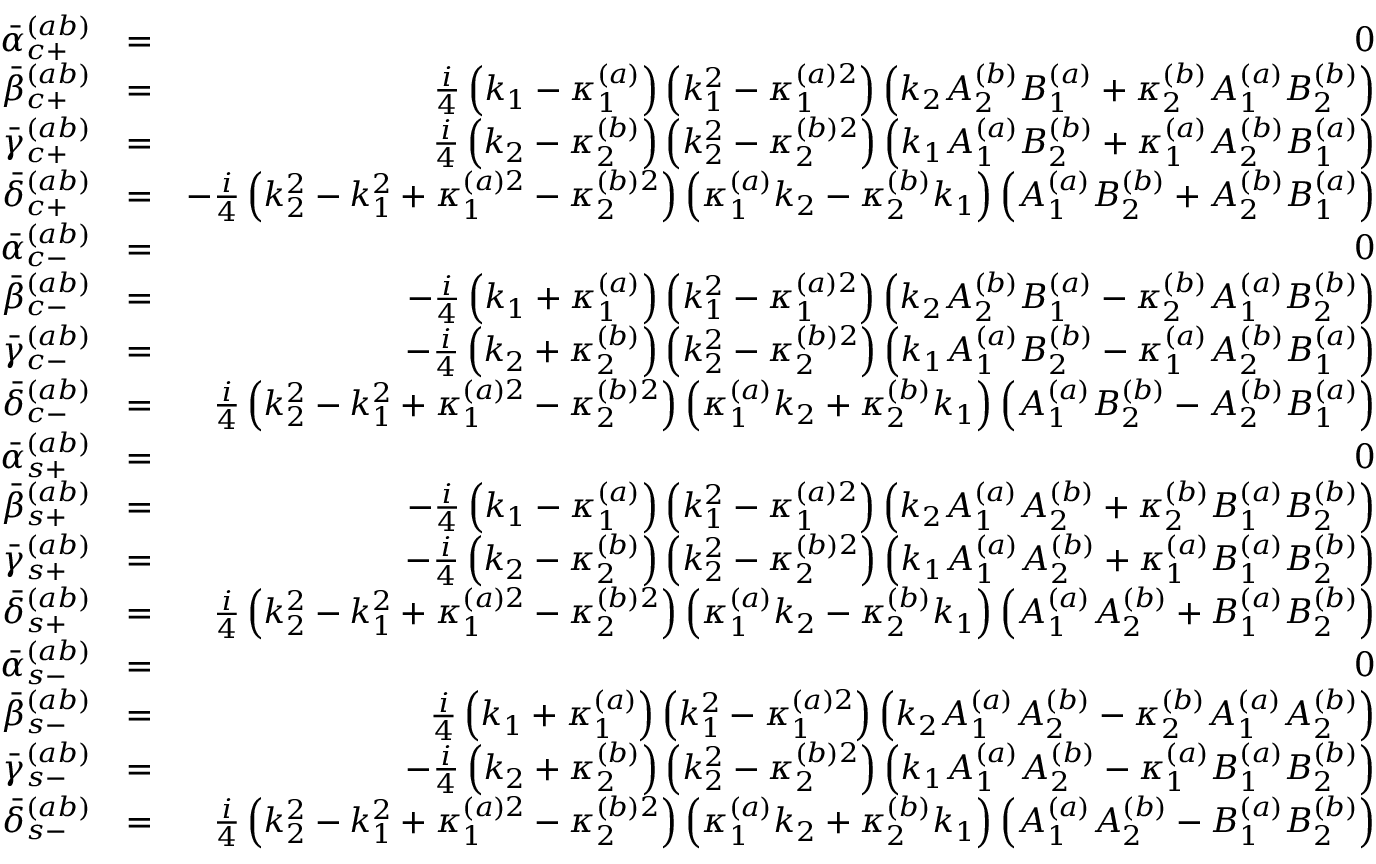
\begin{array} { r l r } { \bar { \alpha } _ { c + } ^ { ( a b ) } } & { = } & { 0 } \\ { \bar { \beta } _ { c + } ^ { ( a b ) } } & { = } & { \frac { i } { 4 } \left( k _ { 1 } - \kappa _ { 1 } ^ { ( a ) } \right) \left( k _ { 1 } ^ { 2 } - \kappa _ { 1 } ^ { ( a ) 2 } \right) \left( k _ { 2 } A _ { 2 } ^ { ( b ) } B _ { 1 } ^ { ( a ) } + \kappa _ { 2 } ^ { ( b ) } A _ { 1 } ^ { ( a ) } B _ { 2 } ^ { ( b ) } \right) } \\ { \bar { \gamma } _ { c + } ^ { ( a b ) } } & { = } & { \frac { i } { 4 } \left( k _ { 2 } - \kappa _ { 2 } ^ { ( b ) } \right) \left( k _ { 2 } ^ { 2 } - \kappa _ { 2 } ^ { ( b ) 2 } \right) \left( k _ { 1 } A _ { 1 } ^ { ( a ) } B _ { 2 } ^ { ( b ) } + \kappa _ { 1 } ^ { ( a ) } A _ { 2 } ^ { ( b ) } B _ { 1 } ^ { ( a ) } \right) } \\ { \bar { \delta } _ { c + } ^ { ( a b ) } } & { = } & { - \frac { i } { 4 } \left( k _ { 2 } ^ { 2 } - k _ { 1 } ^ { 2 } + \kappa _ { 1 } ^ { ( a ) 2 } - \kappa _ { 2 } ^ { ( b ) 2 } \right) \left( \kappa _ { 1 } ^ { ( a ) } k _ { 2 } - \kappa _ { 2 } ^ { ( b ) } k _ { 1 } \right) \left( A _ { 1 } ^ { ( a ) } B _ { 2 } ^ { ( b ) } + A _ { 2 } ^ { ( b ) } B _ { 1 } ^ { ( a ) } \right) } \\ { \bar { \alpha } _ { c - } ^ { ( a b ) } } & { = } & { 0 } \\ { \bar { \beta } _ { c - } ^ { ( a b ) } } & { = } & { - \frac { i } { 4 } \left( k _ { 1 } + \kappa _ { 1 } ^ { ( a ) } \right) \left( k _ { 1 } ^ { 2 } - \kappa _ { 1 } ^ { ( a ) 2 } \right) \left( k _ { 2 } A _ { 2 } ^ { ( b ) } B _ { 1 } ^ { ( a ) } - \kappa _ { 2 } ^ { ( b ) } A _ { 1 } ^ { ( a ) } B _ { 2 } ^ { ( b ) } \right) } \\ { \bar { \gamma } _ { c - } ^ { ( a b ) } } & { = } & { - \frac { i } { 4 } \left( k _ { 2 } + \kappa _ { 2 } ^ { ( b ) } \right) \left( k _ { 2 } ^ { 2 } - \kappa _ { 2 } ^ { ( b ) 2 } \right) \left( k _ { 1 } A _ { 1 } ^ { ( a ) } B _ { 2 } ^ { ( b ) } - \kappa _ { 1 } ^ { ( a ) } A _ { 2 } ^ { ( b ) } B _ { 1 } ^ { ( a ) } \right) } \\ { \bar { \delta } _ { c - } ^ { ( a b ) } } & { = } & { \frac { i } { 4 } \left( k _ { 2 } ^ { 2 } - k _ { 1 } ^ { 2 } + \kappa _ { 1 } ^ { ( a ) 2 } - \kappa _ { 2 } ^ { ( b ) 2 } \right) \left( \kappa _ { 1 } ^ { ( a ) } k _ { 2 } + \kappa _ { 2 } ^ { ( b ) } k _ { 1 } \right) \left( A _ { 1 } ^ { ( a ) } B _ { 2 } ^ { ( b ) } - A _ { 2 } ^ { ( b ) } B _ { 1 } ^ { ( a ) } \right) } \\ { \bar { \alpha } _ { s + } ^ { ( a b ) } } & { = } & { 0 } \\ { \bar { \beta } _ { s + } ^ { ( a b ) } } & { = } & { - \frac { i } { 4 } \left( k _ { 1 } - \kappa _ { 1 } ^ { ( a ) } \right) \left( k _ { 1 } ^ { 2 } - \kappa _ { 1 } ^ { ( a ) 2 } \right) \left( k _ { 2 } A _ { 1 } ^ { ( a ) } A _ { 2 } ^ { ( b ) } + \kappa _ { 2 } ^ { ( b ) } B _ { 1 } ^ { ( a ) } B _ { 2 } ^ { ( b ) } \right) } \\ { \bar { \gamma } _ { s + } ^ { ( a b ) } } & { = } & { - \frac { i } { 4 } \left( k _ { 2 } - \kappa _ { 2 } ^ { ( b ) } \right) \left( k _ { 2 } ^ { 2 } - \kappa _ { 2 } ^ { ( b ) 2 } \right) \left( k _ { 1 } A _ { 1 } ^ { ( a ) } A _ { 2 } ^ { ( b ) } + \kappa _ { 1 } ^ { ( a ) } B _ { 1 } ^ { ( a ) } B _ { 2 } ^ { ( b ) } \right) } \\ { \bar { \delta } _ { s + } ^ { ( a b ) } } & { = } & { \frac { i } { 4 } \left( k _ { 2 } ^ { 2 } - k _ { 1 } ^ { 2 } + \kappa _ { 1 } ^ { ( a ) 2 } - \kappa _ { 2 } ^ { ( b ) 2 } \right) \left( \kappa _ { 1 } ^ { ( a ) } k _ { 2 } - \kappa _ { 2 } ^ { ( b ) } k _ { 1 } \right) \left( A _ { 1 } ^ { ( a ) } A _ { 2 } ^ { ( b ) } + B _ { 1 } ^ { ( a ) } B _ { 2 } ^ { ( b ) } \right) } \\ { \bar { \alpha } _ { s - } ^ { ( a b ) } } & { = } & { 0 } \\ { \bar { \beta } _ { s - } ^ { ( a b ) } } & { = } & { \frac { i } { 4 } \left( k _ { 1 } + \kappa _ { 1 } ^ { ( a ) } \right) \left( k _ { 1 } ^ { 2 } - \kappa _ { 1 } ^ { ( a ) 2 } \right) \left( k _ { 2 } A _ { 1 } ^ { ( a ) } A _ { 2 } ^ { ( b ) } - \kappa _ { 2 } ^ { ( b ) } A _ { 1 } ^ { ( a ) } A _ { 2 } ^ { ( b ) } \right) } \\ { \bar { \gamma } _ { s - } ^ { ( a b ) } } & { = } & { - \frac { i } { 4 } \left( k _ { 2 } + \kappa _ { 2 } ^ { ( b ) } \right) \left( k _ { 2 } ^ { 2 } - \kappa _ { 2 } ^ { ( b ) 2 } \right) \left( k _ { 1 } A _ { 1 } ^ { ( a ) } A _ { 2 } ^ { ( b ) } - \kappa _ { 1 } ^ { ( a ) } B _ { 1 } ^ { ( a ) } B _ { 2 } ^ { ( b ) } \right) } \\ { \bar { \delta } _ { s - } ^ { ( a b ) } } & { = } & { \frac { i } { 4 } \left( k _ { 2 } ^ { 2 } - k _ { 1 } ^ { 2 } + \kappa _ { 1 } ^ { ( a ) 2 } - \kappa _ { 2 } ^ { ( b ) 2 } \right) \left( \kappa _ { 1 } ^ { ( a ) } k _ { 2 } + \kappa _ { 2 } ^ { ( b ) } k _ { 1 } \right) \left( A _ { 1 } ^ { ( a ) } A _ { 2 } ^ { ( b ) } - B _ { 1 } ^ { ( a ) } B _ { 2 } ^ { ( b ) } \right) } \end{array}